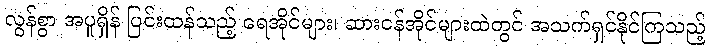
လွန်စွာ အပူရှိန် ပြင်းထန်သည့် ရေအိုင်များ၊ ဆားငန်အိုင်များထဲတွင် အသက်ရှင်နိုင်ကြသည့်